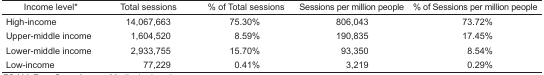
<table><thead><tr><td><b>Income level*</b></td><td><b>Total sessions</b></td><td><b>% of Total sessions</b></td><td><b>Sessions per million people</b></td><td><b>% of Sessions per million people</b></td></tr></thead><tbody><tr><td>High-income</td><td>14,067,663</td><td>75.30%</td><td>806,043</td><td>73.72%</td></tr><tr><td>Upper-middle income</td><td>1,604,520</td><td>8.59%</td><td>190,835</td><td>17.45%</td></tr><tr><td>Lower-middle income</td><td>2,933,755</td><td>15.70%</td><td>93,350</td><td>8.54%</td></tr><tr><td>Low-income</td><td>77,229</td><td>0.41%</td><td>3,219</td><td>0.29%</td></tr></tbody></table>